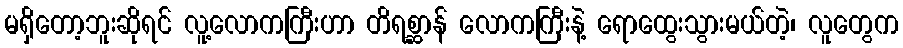
မရှိတော့ဘူးဆိုရင် လူ့လောကကြီးဟာ တိရစ္ဆာန် လောကကြီးနဲ့ ရောထွေးသွားမယ်တဲ့၊ လူတွေက